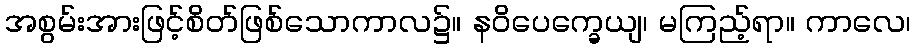
အစွမ်းအားဖြင့်စိတ်ဖြစ်သောကာလ၌။ နဝိပေက္ခေယျ၊ မကြည့်ရာ။ ကာလေ၊